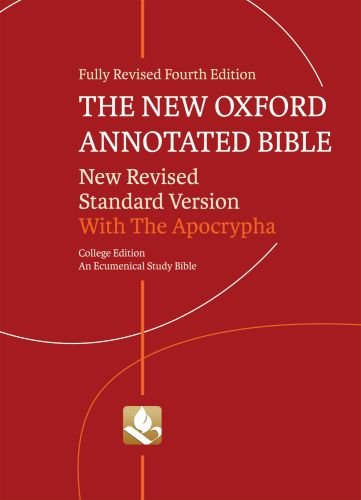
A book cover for The New Oxford Annotated Bible with Apocrypha: New Revised Standard Version; Politics & Social Sciences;